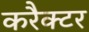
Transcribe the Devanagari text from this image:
करैक्टर